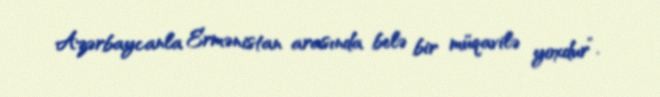
Azərbaycanla Ermənistan arasında belə bir müqavilə yoxdur”.